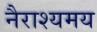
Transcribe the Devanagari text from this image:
नैराश्यमय